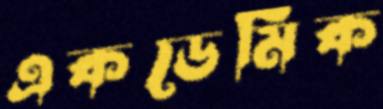
একডেমিক